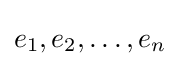
e_{1},e_{2},\dots ,e_{n}